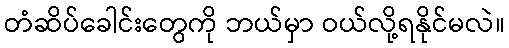
တံဆိပ်ခေါင်းတွေကို ဘယ်မှာ ဝယ်လို့ရနိုင်မလဲ။